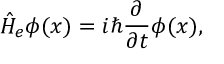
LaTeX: \hat { H } _ { e } \phi ( x ) = i \hbar \frac { \partial } { \partial t } \phi ( x ) ,